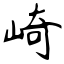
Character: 崎